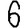
Digit: 6